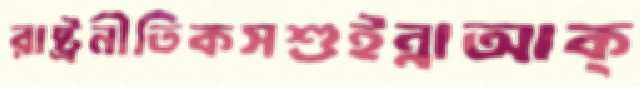
রাষ্ট্রনীতিকসশুইন্নাআক্